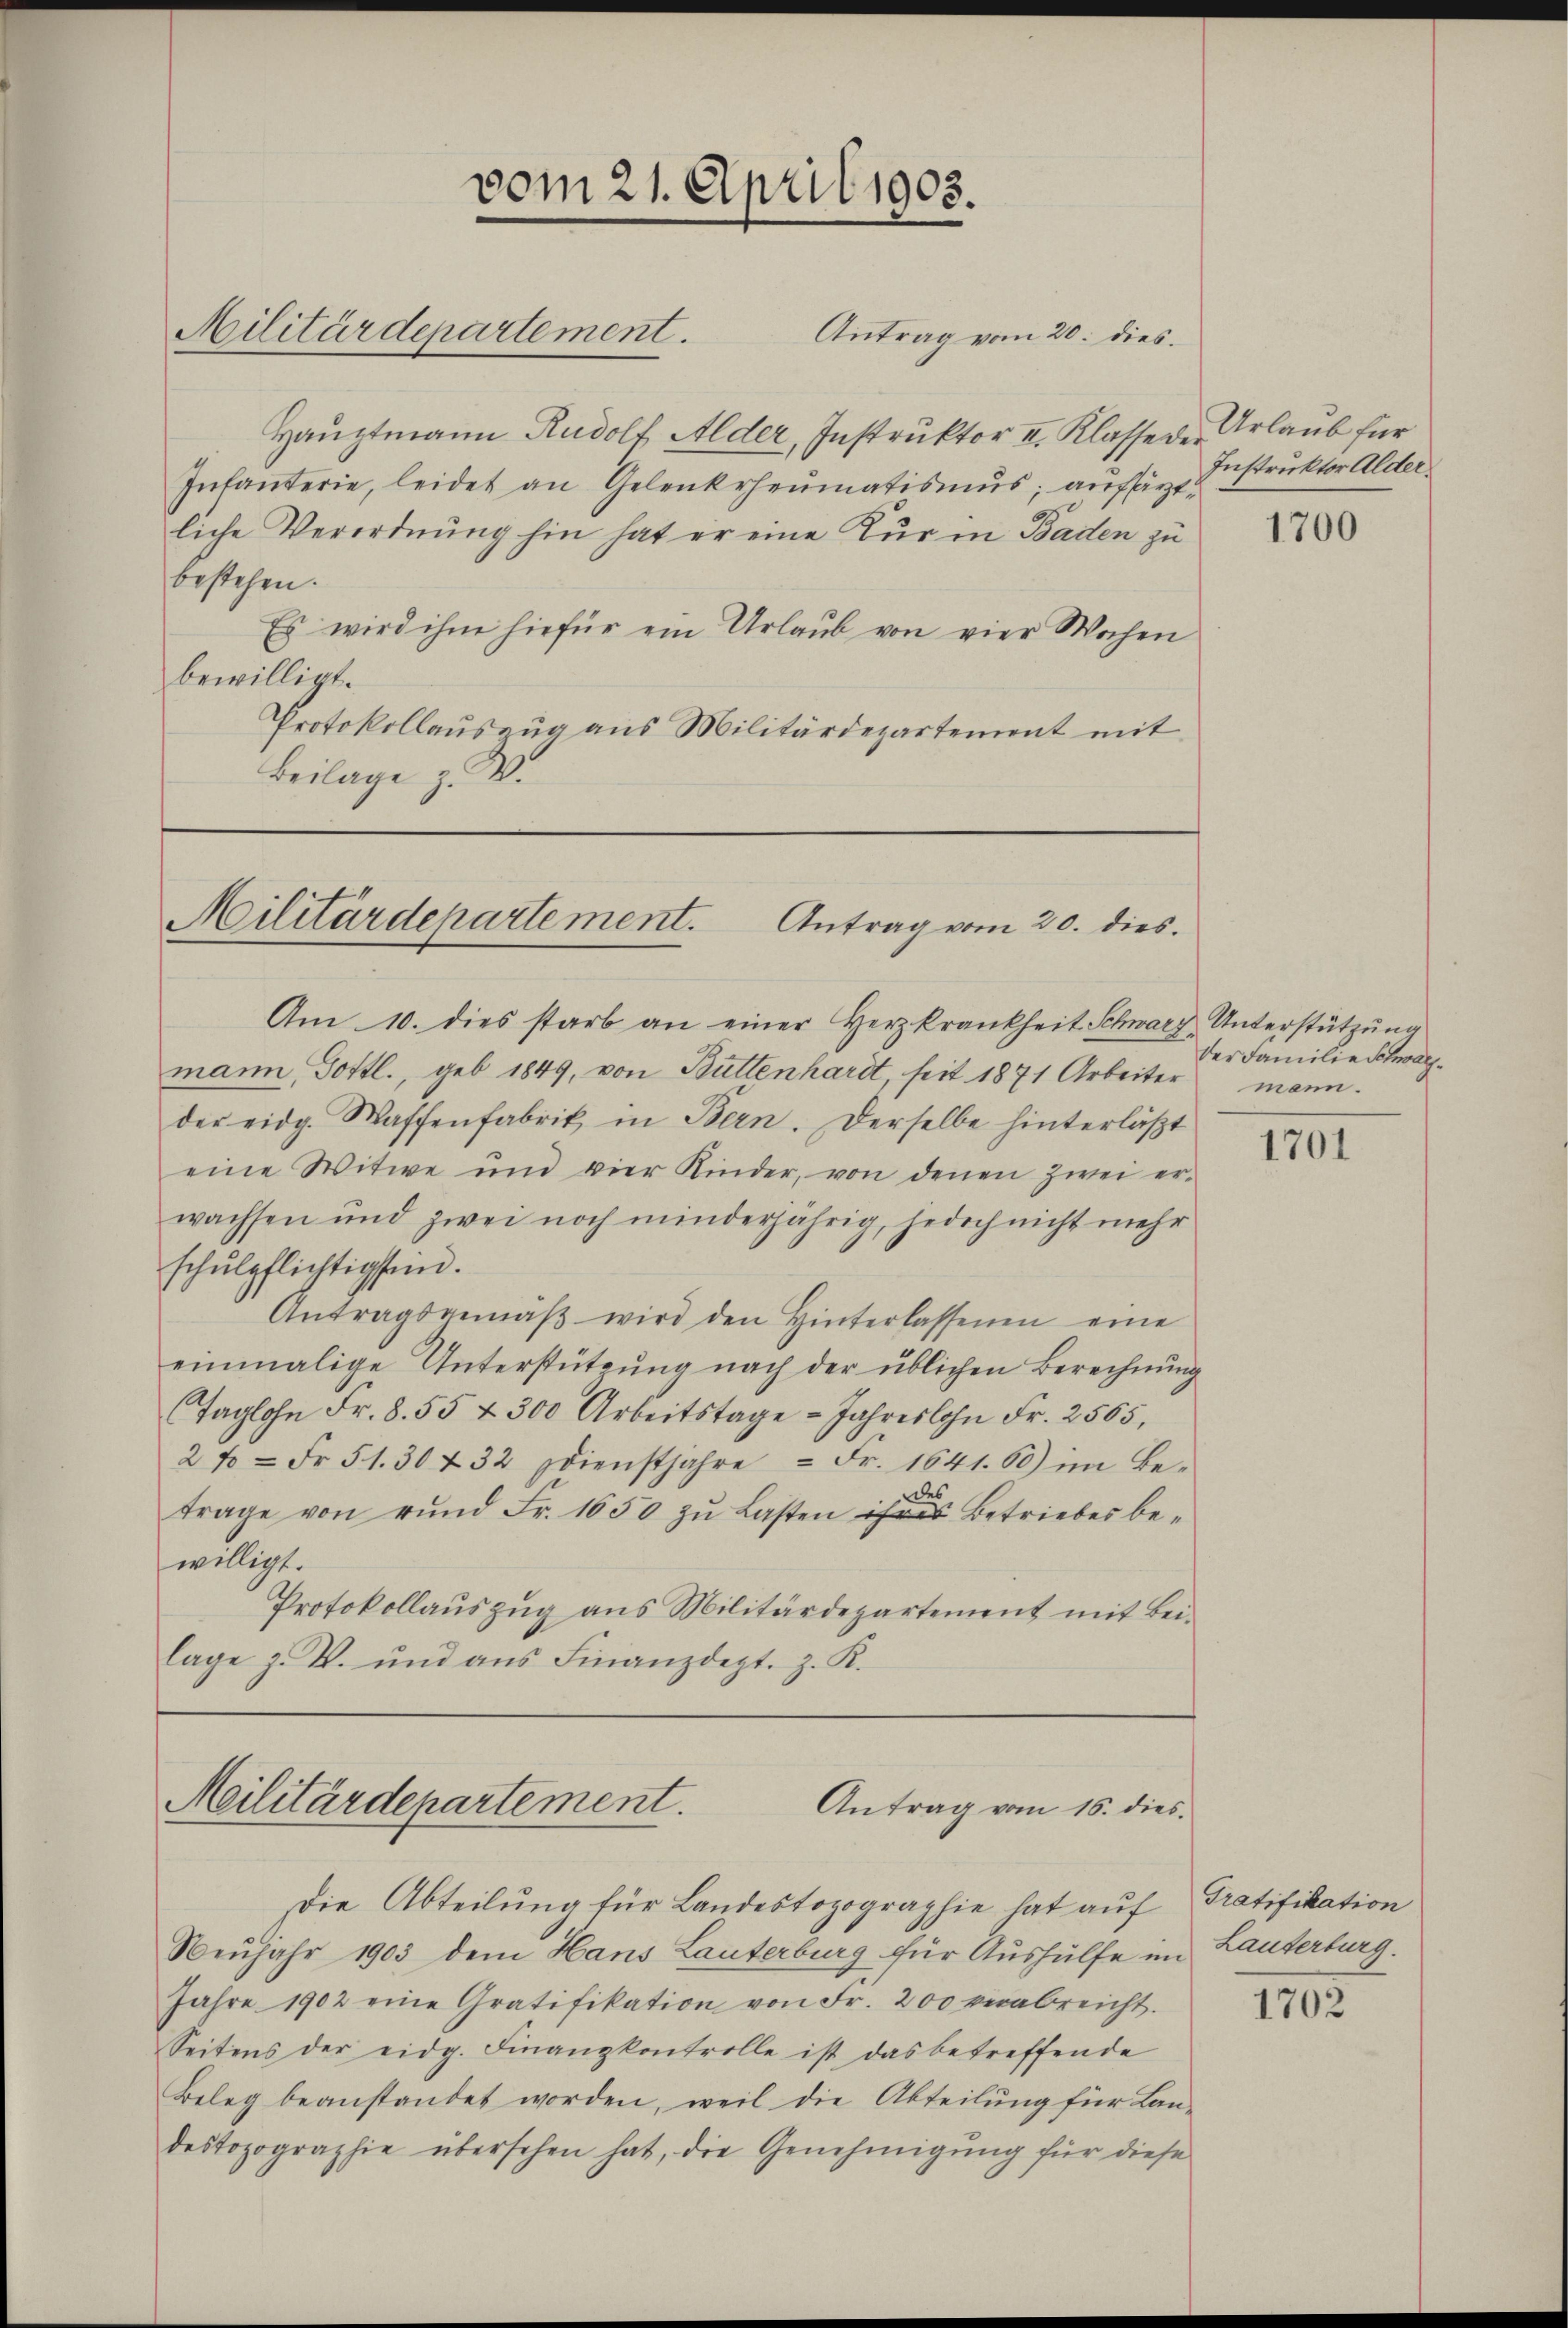
Haŭptmann Rudolf Alder, Instruktor II. Klasse der Urlaub für
Intanterie, leidet an Gelenkrheumatismus; aufsärztliche Verordnung hin hat er eine Kur in Baden zu
bestehen.
Es wird ihm hiefür ein Urlaub von vier Wochen
bewilligt.
Protokollauszug aus Militärdepartement mit
Beilage z. W.

Militärdepartement.

vom 21. April 1905.

Militärdepartement. Antrag vom 20. dies

Antrag vom 20. dies.

Am 10. dies starb an einer Herzkrankheit Schwarz, Unterstützŭng
mann, Gottl., geb. 1849, von Büttenhardt, seit 1871 Arbeiter mann.
der eidg. Waffenfabrik in Bern. Derselbe hinterläßt
eine Witwe und vier Kinder, von denen zwei er-
wachsen und zwei noch minderjährig, jedoch nicht mehr
schulpflichtigstein.
Antragsgemäβ wird den Hinterlassenen eine
einmalige Unterstützŭng nach der üblichen Berechnŭng
Taglohn Fr. 8. 55 & 300 Arbeitstage Jahreslohn Fr. 2565,
2 f = Fr. 51. 30 f 32 dienstjahre 2 Fr. 1641. 60) im Be-
trage von rŭnd Fr. 1650 zŭ Lasten in Betriebes bewilligt.
Protokollaŭszŭg ans Militärdepartement mit Bei-
lage z. V. und aŭs Finanzdept. z. K.

Militärdepartement.
Antrag vom 16. dies

Die Abteilung für Landestopographie hat auf
Neujahr 1903 dem Hans Lauterburg für Aushülfe im Lauterburg.
Jahre 1902 eine Gratifikation von Fr. 200 verabreicht.
Seitens der eidg. Finanzkontrolle ist das betreffende
Beleg beanstandet worden, weil die Abteilŭng für Lan-
destopographie übersehen hat, die Genehmigung für diese

Instruktor Alder.

1700

der Familie Schwarz¬

1701

Gratifikation

1702